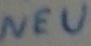
Text: NEU